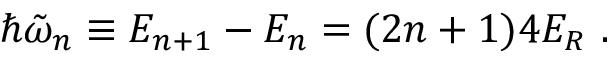
\hbar \tilde { \omega } _ { n } \equiv E _ { n + 1 } - E _ { n } = ( 2 n + 1 ) 4 E _ { R } \ .